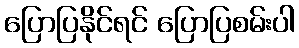
ပြောပြနိုင်ရင် ပြောပြစမ်းပါ